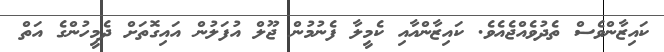
ކައިޒާންވެސް ތެދުވެއްޖެއެވެ. ކައިޒާންއާއި ކެމީލާ ފެނުމުން ޖޫލް އުފަލުން އައިގޮތަށް ދެމީހުންގެ އަތް